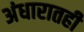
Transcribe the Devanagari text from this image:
अंधारातही